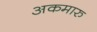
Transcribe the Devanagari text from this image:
अकमारु